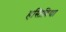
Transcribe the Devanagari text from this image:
हस्तिविद्या